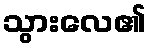
သွားလေ၏